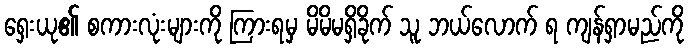
ရှေးယု၏ စကားလုံးများကို ကြားရမှ မိမိမရှိခိုက် သူ ဘယ်လောက် ရ ကျန်ရှာမည်ကို